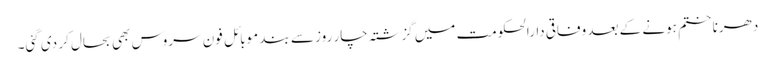
دھرنا ختم ہونے کے بعد وفاقی دارالحکومت میں گزشتہ چار روز سے بند موبائل فون سروس بھی بحال کر دی گئی۔